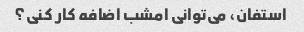
استفان، می‌توانی امشب اضافه کار کنی؟